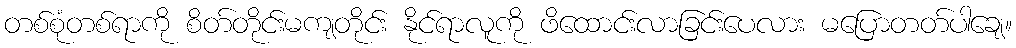
တစ်စုံတစ်ရာကို စိတ်တိုင်းမကျတိုင်း နိုင်ရာလူကို ဖိထောင်းလာခြင်းပေလား မပြောတတ်ပါချေ။